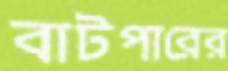
বাটপারের